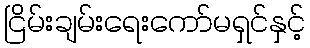
ငြိမ်းချမ်းရေးကော်မရှင်နှင့်